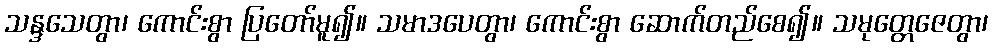
သန္ဒသေတွာ၊ ကောင်းစွာ ပြတော်မူ၍။ သမာဒပေတွာ၊ ကောင်းစွာ ဆောက်တည်စေ၍။ သမုတ္တေဇေတွာ၊